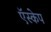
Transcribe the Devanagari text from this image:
ऍस्केप